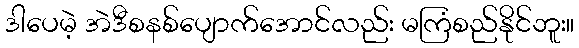
ဒါပေမဲ့ အဲဒီစနစ်ပျောက်အောင်လည်း မကြံစည်နိုင်ဘူး။